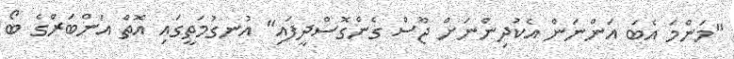
"މަންމަ އެބަ އަންނަން އެކުދިންނަށް ޖޫސް ގެންގޮސްދީފައި" އުނގުމަތީގައި އޮތް އަންބަރްގެ ބޯ